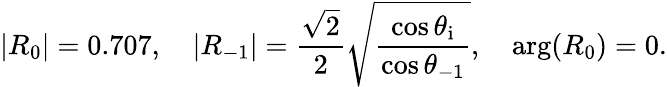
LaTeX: |R_{0}|=0.707,\quad|R_{-1}|=\frac{\sqrt{2}}{2}\sqrt{\frac{\cos\theta_{\mathrm{i}}}{\cos\theta_{-1}}},\quad\arg(R_{0})=0.